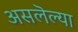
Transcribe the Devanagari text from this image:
असलॆल्या